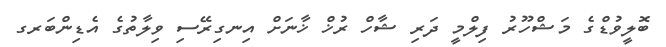
ބޮލީވުޑްގެ މަޝްހޫރު ފިލްމީ ދަރިި ޝާހް ރުޚް ޚާނަށް އިނގިރޭސި ވިލާތުގެ އެޑިންބަރގ